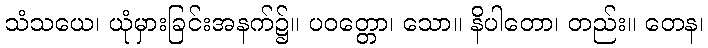
သံသယေ၊ ယုံမှားခြင်းအနက်၌။ ပဝတ္တော၊ သော။ နိပါတော၊ တည်း။ တေန၊